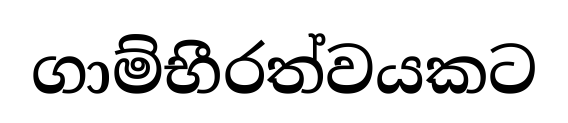
ගාම්භීරත්වයකට